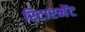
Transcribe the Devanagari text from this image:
रिटारमेंट